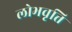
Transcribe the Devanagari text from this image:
लोभवृत्ति